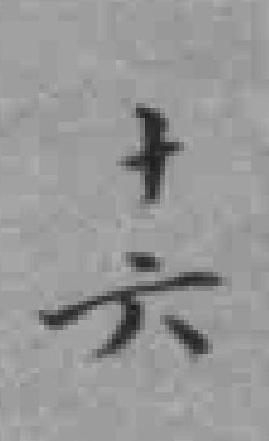
十六